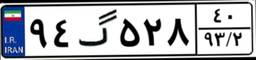
۹۴گ۵۲۸۴۰